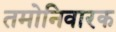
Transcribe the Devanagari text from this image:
तमोनिवारक